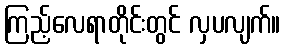
ကြည့်လေရာတိုင်းတွင် လှပလျက်။